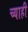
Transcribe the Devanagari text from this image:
च्याही